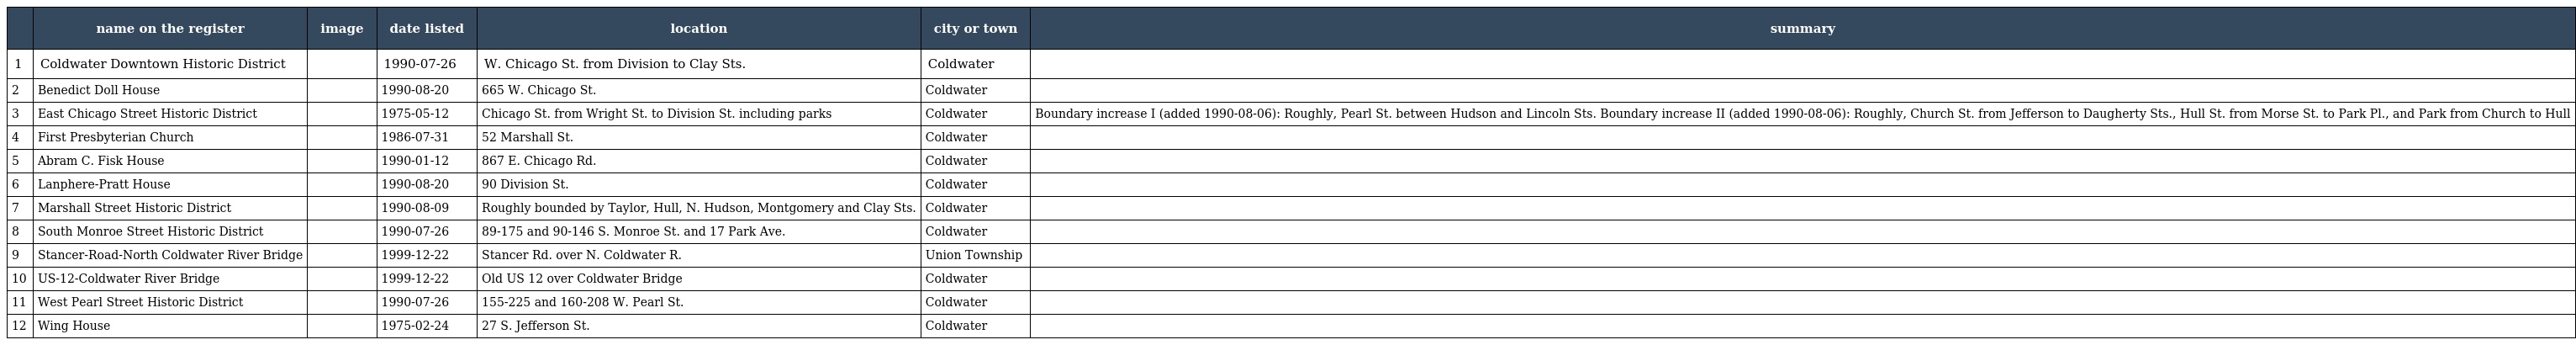
|  | name on the register | image | date listed | location | city or town | summary |
 | --- | --- | --- | --- | --- | --- | --- |
 | 1 | Coldwater Downtown Historic District |  | 1990-07-26 | W. Chicago St. from Division to Clay Sts. | Coldwater |  |
 | 2 | Benedict Doll House |  | 1990-08-20 | 665 W. Chicago St. | Coldwater |  |
 | 3 | East Chicago Street Historic District |  | 1975-05-12 | Chicago St. from Wright St. to Division St. including parks | Coldwater | Boundary increase I (added 1990-08-06): Roughly, Pearl St. between Hudson and Lincoln Sts. Boundary increase II (added 1990-08-06): Roughly, Church St. from Jefferson to Daugherty Sts., Hull St. from Morse St. to Park Pl., and Park from Church to Hull |
 | 4 | First Presbyterian Church |  | 1986-07-31 | 52 Marshall St. | Coldwater |  |
 | 5 | Abram C. Fisk House |  | 1990-01-12 | 867 E. Chicago Rd. | Coldwater |  |
 | 6 | Lanphere-Pratt House |  | 1990-08-20 | 90 Division St. | Coldwater |  |
 | 7 | Marshall Street Historic District |  | 1990-08-09 | Roughly bounded by Taylor, Hull, N. Hudson, Montgomery and Clay Sts. | Coldwater |  |
 | 8 | South Monroe Street Historic District |  | 1990-07-26 | 89-175 and 90-146 S. Monroe St. and 17 Park Ave. | Coldwater |  |
 | 9 | Stancer-Road-North Coldwater River Bridge |  | 1999-12-22 | Stancer Rd. over N. Coldwater R. | Union Township |  |
 | 10 | US-12-Coldwater River Bridge |  | 1999-12-22 | Old US 12 over Coldwater Bridge | Coldwater |  |
 | 11 | West Pearl Street Historic District |  | 1990-07-26 | 155-225 and 160-208 W. Pearl St. | Coldwater |  |
 | 12 | Wing House |  | 1975-02-24 | 27 S. Jefferson St. | Coldwater |  |